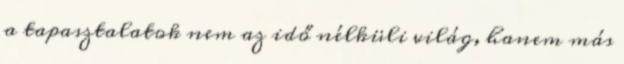
a tapasztalatok nem az idő nélküli világ, hanem más